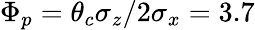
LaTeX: \Phi_{p}=\theta_{c}\sigma_{z}/2\sigma_{x}=3.7